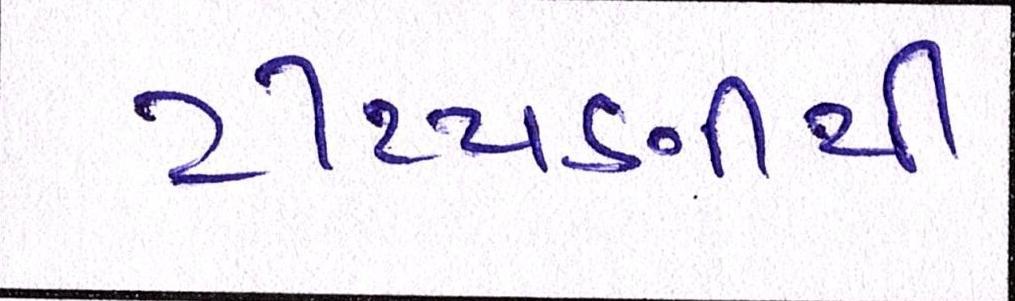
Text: ટીપ્પણીથી